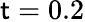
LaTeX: \mathsf{t}=0.2